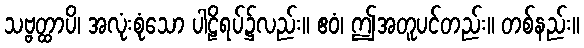
သဗ္ဗတ္ထာပိ၊ အလုံးစုံသော ပါဠိရပ်၌လည်း။ ဧဝံ၊ ဤအတူပင်တည်း။ တစ်နည်း။